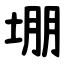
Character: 堋